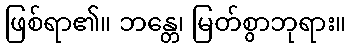
ဖြစ်ရာ၏။ ဘန္တေ၊ မြတ်စွာဘုရား။